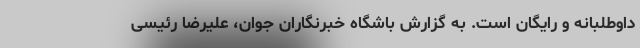
داوطلبانه و رایگان است. به گزارش باشگاه خبرنگاران جوان، علیرضا رئیسی